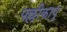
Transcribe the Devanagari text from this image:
पल्लीकापू